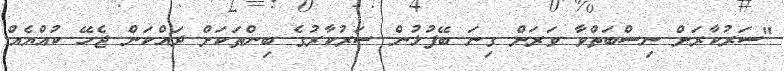
"ސަރުކާރަށް ނިސްބަތްވާ ވަރަށް ގިނަ ބޭފުޅުން ސަރުކާރުގެ ބިންތަކަށް ދައްކަން ޖެހޭ ކުއްޔެއް